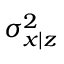
\sigma _ { x | z } ^ { 2 }